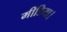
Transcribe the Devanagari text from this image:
मीडिया।